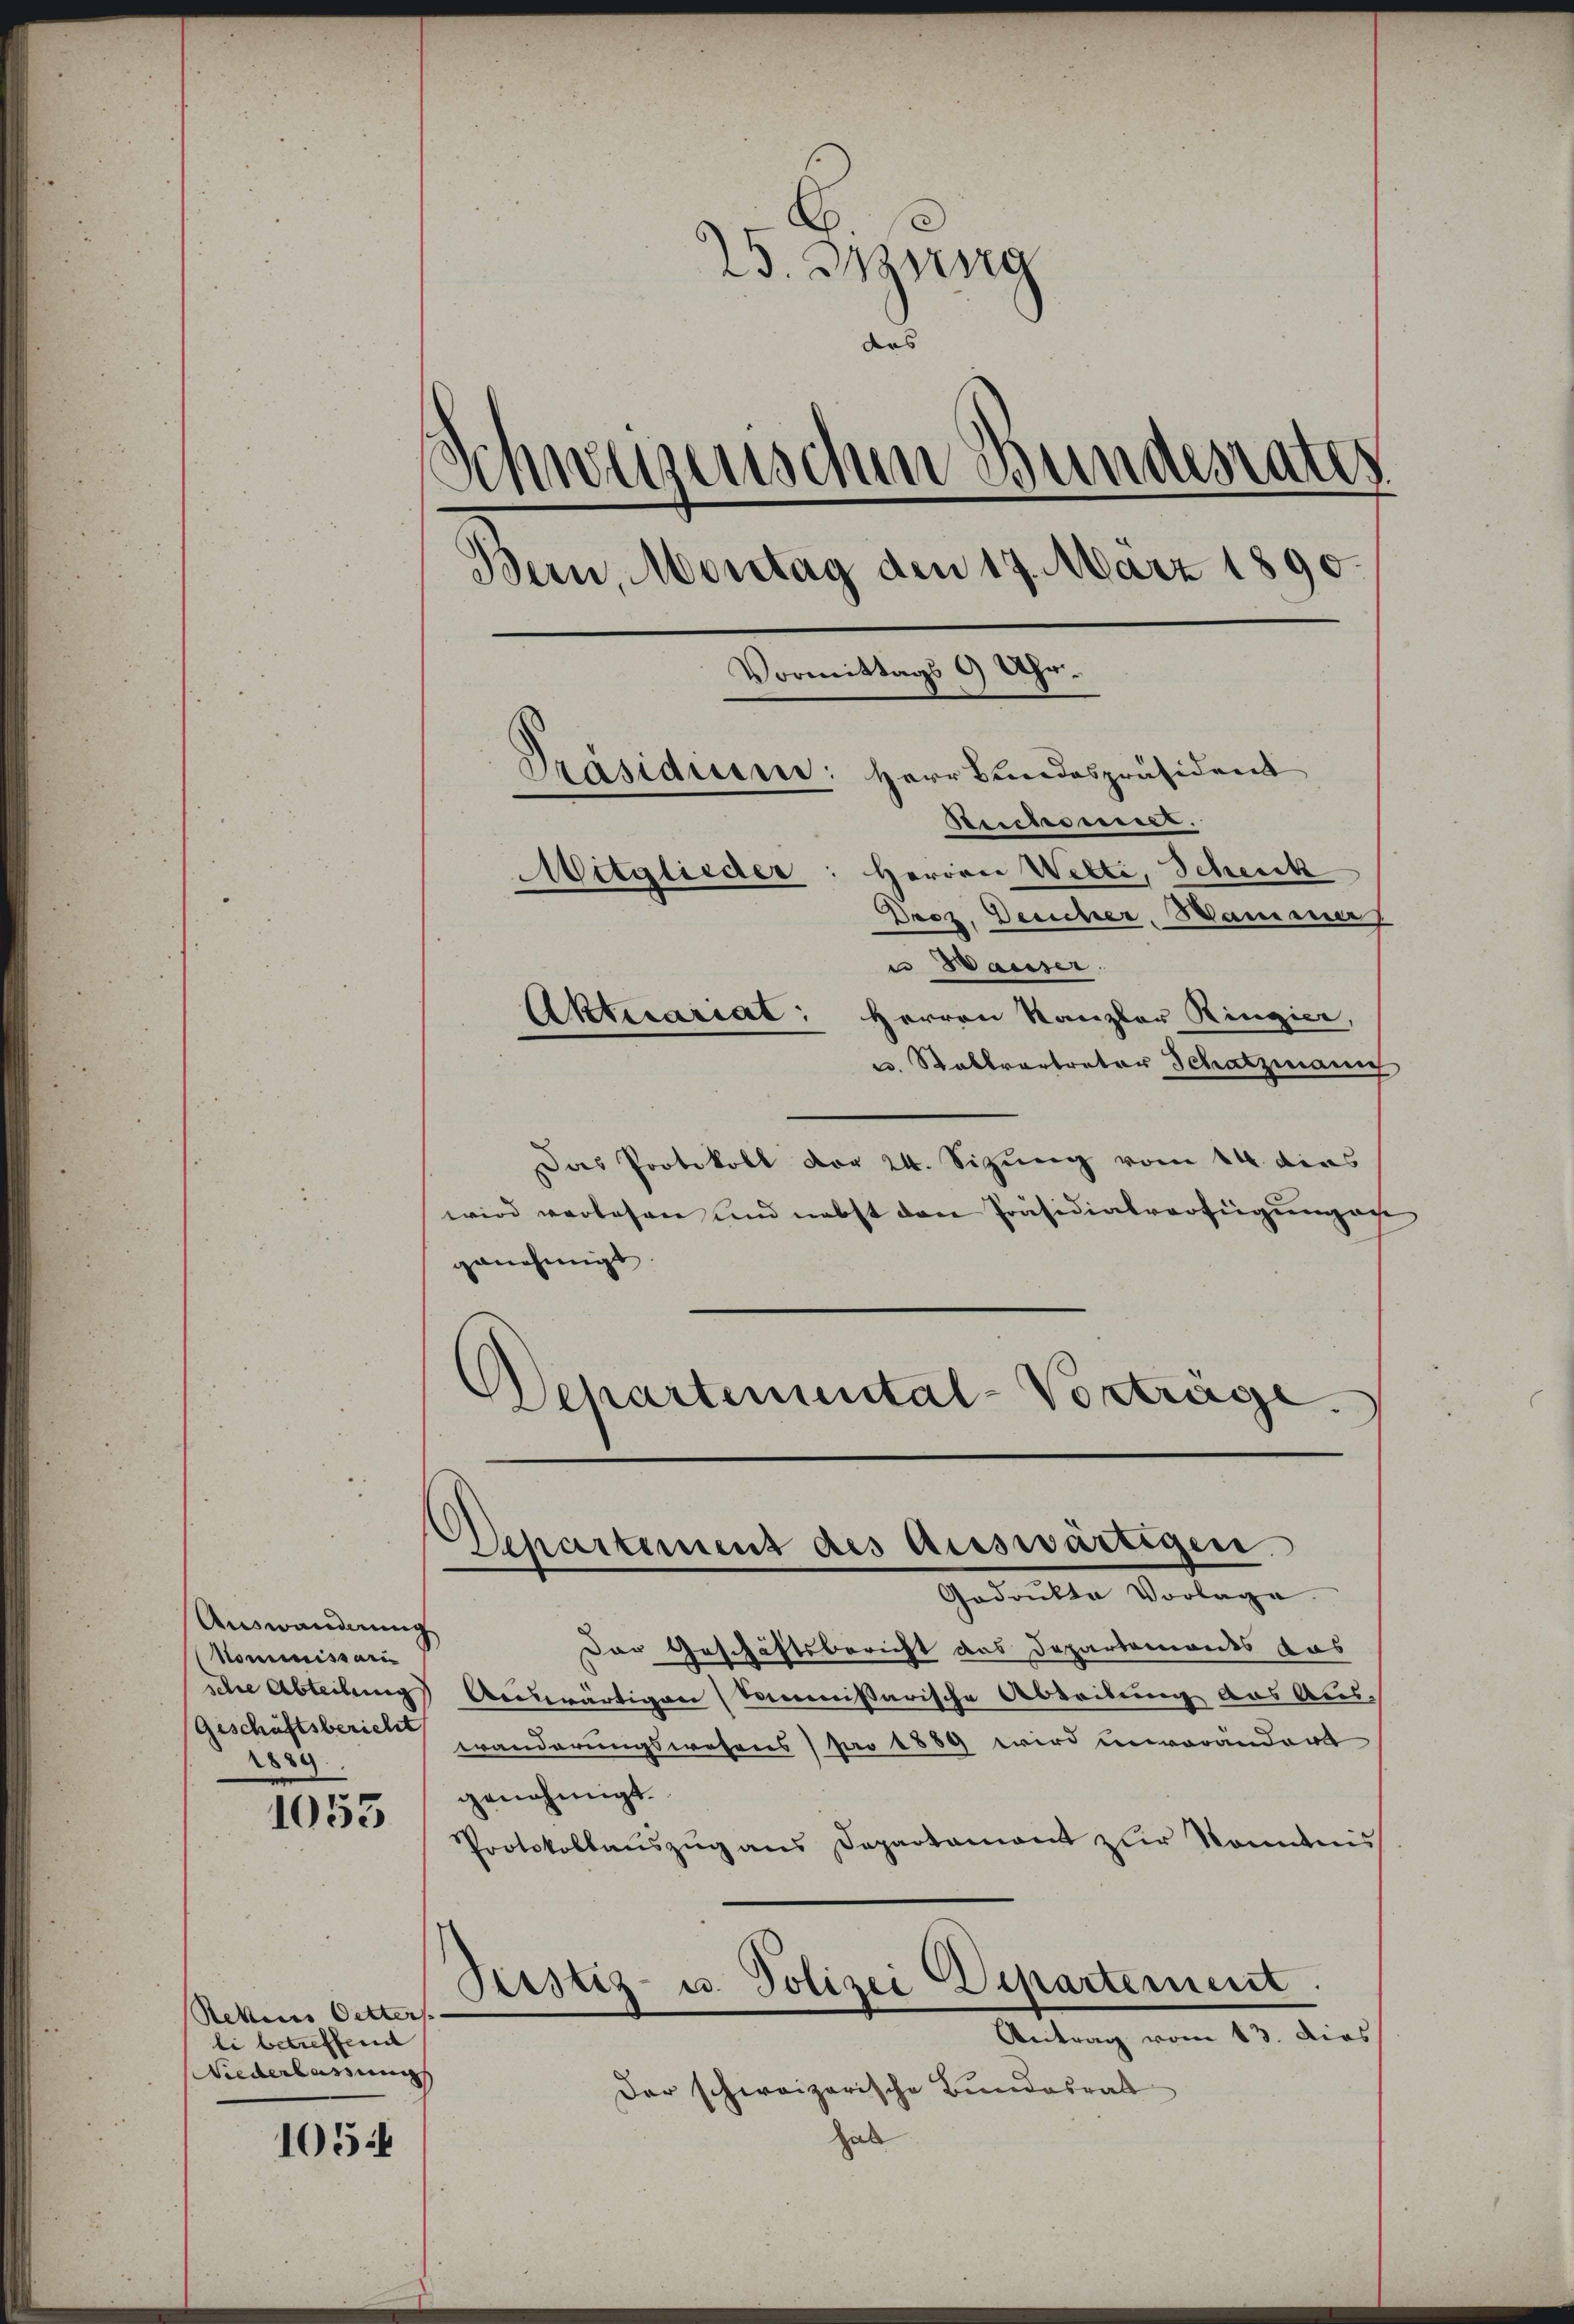
Auswanderung
Mommnissari
sche Abteilung
(Geschäftsbericht
2889.

1055

Rekenes Oetter
li betreffende
Niederlassung

1054

25. Jung
ders
Schwerzenschen Bundesrates
Bern, Montag den 17. März 1890
Vormittags 9 Uhr.
Präsidium: Herr Bundespräsident
Beschonnes.
Mitglieder: Herren Welti, Schenk
Droz. Desicher Mammer
u Hauser.
Aktecariat: Herren Kanzler Ringier,
u. Stallvertreter Schatzmann

Das Protokoll vor 24. Sizung vom 14. dies
wird verlesen und nebst den Präsidialverfügung au
genehmigt
Dehartemental-Vorträge.

Departement des Auswärtigen.
Godrukte Vorlage

Der Geschäftsbericht das Departemendes das
Aenwärtigen kommißarische Abteilung das Aus-
wanderungswesens pro 1889 wird unverändert
genehmigt.
Protokollaŭszŭg ans Departament zŭr Nominis
Geistiz- u. Polizei Departement
Antrag vom 13. dies
Der schweizerische Bundesrat
Hal